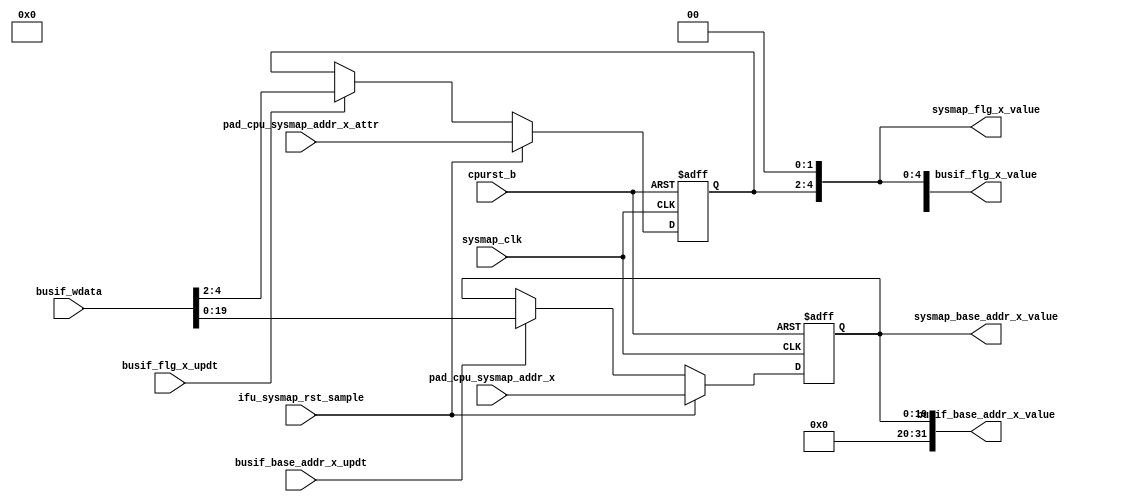
/*Copyright 2020-2021 T-Head Semiconductor Co., Ltd.

Licensed under the Apache License, Version 2.0 (the "License");
you may not use this file except in compliance with the License.
You may obtain a copy of the License at

    http://www.apache.org/licenses/LICENSE-2.0

Unless required by applicable law or agreed to in writing, software
distributed under the License is distributed on an "AS IS" BASIS,
WITHOUT WARRANTIES OR CONDITIONS OF ANY KIND, either express or implied.
See the License for the specific language governing permissions and
limitations under the License.
*/

// &ModuleBeg; @23
module pa_sysmap_reg(
  busif_base_addr_x_updt,
  busif_base_addr_x_value,
  busif_flg_x_updt,
  busif_flg_x_value,
  busif_wdata,
  cpurst_b,
  ifu_sysmap_rst_sample,
  pad_cpu_sysmap_addr_x,
  pad_cpu_sysmap_addr_x_attr,
  sysmap_base_addr_x_value,
  sysmap_clk,
  sysmap_flg_x_value
);


// &Ports; @25
input           busif_base_addr_x_updt;    
input           busif_flg_x_updt;          
input   [31:0]  busif_wdata;               
input           cpurst_b;                  
input           ifu_sysmap_rst_sample;     
input   [19:0]  pad_cpu_sysmap_addr_x;     
input   [2 :0]  pad_cpu_sysmap_addr_x_attr; 
input           sysmap_clk;                
output  [31:0]  busif_base_addr_x_value;   
output  [31:0]  busif_flg_x_value;         
output  [19:0]  sysmap_base_addr_x_value;  
output  [4 :0]  sysmap_flg_x_value;        

// &Regs; @26
reg     [19:0]  base_addr_value;           
reg     [2 :0]  flg_value_3;               

// &Wires; @27
wire            busif_base_addr_x_updt;    
wire    [31:0]  busif_base_addr_x_value;   
wire            busif_flg_x_updt;          
wire    [31:0]  busif_flg_x_value;         
wire    [31:0]  busif_wdata;               
wire            cpurst_b;                  
wire            ifu_sysmap_rst_sample;     
wire    [19:0]  pad_cpu_sysmap_addr_x;     
wire    [2 :0]  pad_cpu_sysmap_addr_x_attr; 
wire    [19:0]  sysmap_base_addr_x_value;  
wire            sysmap_clk;                
wire    [4 :0]  sysmap_flg_x_value;        


parameter ADDR_WIDTH = 32-12;
parameter FLG_WIDTH  = 5;

parameter FLG_RST_VALUE = {FLG_WIDTH{1'b0}};
parameter ADDR_RST_VALUE = {ADDR_WIDTH{1'b0}};

// &Force("bus", "busif_wdata", 31, 0); @35
// &Force("bus", "flg_x_reset_value", FLG_WIDTH-1, 0); @36
always @ (posedge sysmap_clk or negedge cpurst_b)
begin
  if (!cpurst_b)
    flg_value_3[FLG_WIDTH-3:0] <= {(FLG_WIDTH-2){1'b0}};
  else if(ifu_sysmap_rst_sample)
    flg_value_3[FLG_WIDTH-3:0] <= pad_cpu_sysmap_addr_x_attr[FLG_WIDTH-3:0];
  else if (busif_flg_x_updt)
    flg_value_3[FLG_WIDTH-3:0] <= busif_wdata[FLG_WIDTH-1:2];
end
assign busif_flg_x_value[31:0] = {{(32-FLG_WIDTH){1'b0}}, flg_value_3[FLG_WIDTH-3:0], 2'b0};
assign sysmap_flg_x_value[FLG_WIDTH-1:0] = {flg_value_3[FLG_WIDTH-3:0], 2'b0};

always @ (posedge sysmap_clk or negedge cpurst_b)
begin
  if (!cpurst_b)
    base_addr_value[ADDR_WIDTH-1:0] <= {ADDR_WIDTH{1'b0}};
  else if(ifu_sysmap_rst_sample)
    base_addr_value[ADDR_WIDTH-1:0] <= pad_cpu_sysmap_addr_x[ADDR_WIDTH-1:0];
  else if (busif_base_addr_x_updt)
    base_addr_value[ADDR_WIDTH-1:0] <= busif_wdata[ADDR_WIDTH-1:0];
end
assign busif_base_addr_x_value[31:0] = {{(32-ADDR_WIDTH){1'b0}}, base_addr_value[ADDR_WIDTH-1:0]};
assign sysmap_base_addr_x_value[ADDR_WIDTH-1:0] = base_addr_value[ADDR_WIDTH-1:0];

// &ModuleEnd; @61
endmodule